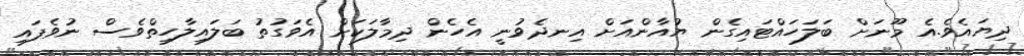
ދިޔައެވެ.އެ މޫނަށް ބަލަހައްޓައިގެން ޔުއާންއަށް އިނދެވުނީ އެހެން ދިމާލަކަށް އެވަގުތު ބަލައިލާހިތްވެސް ނުވެފައި